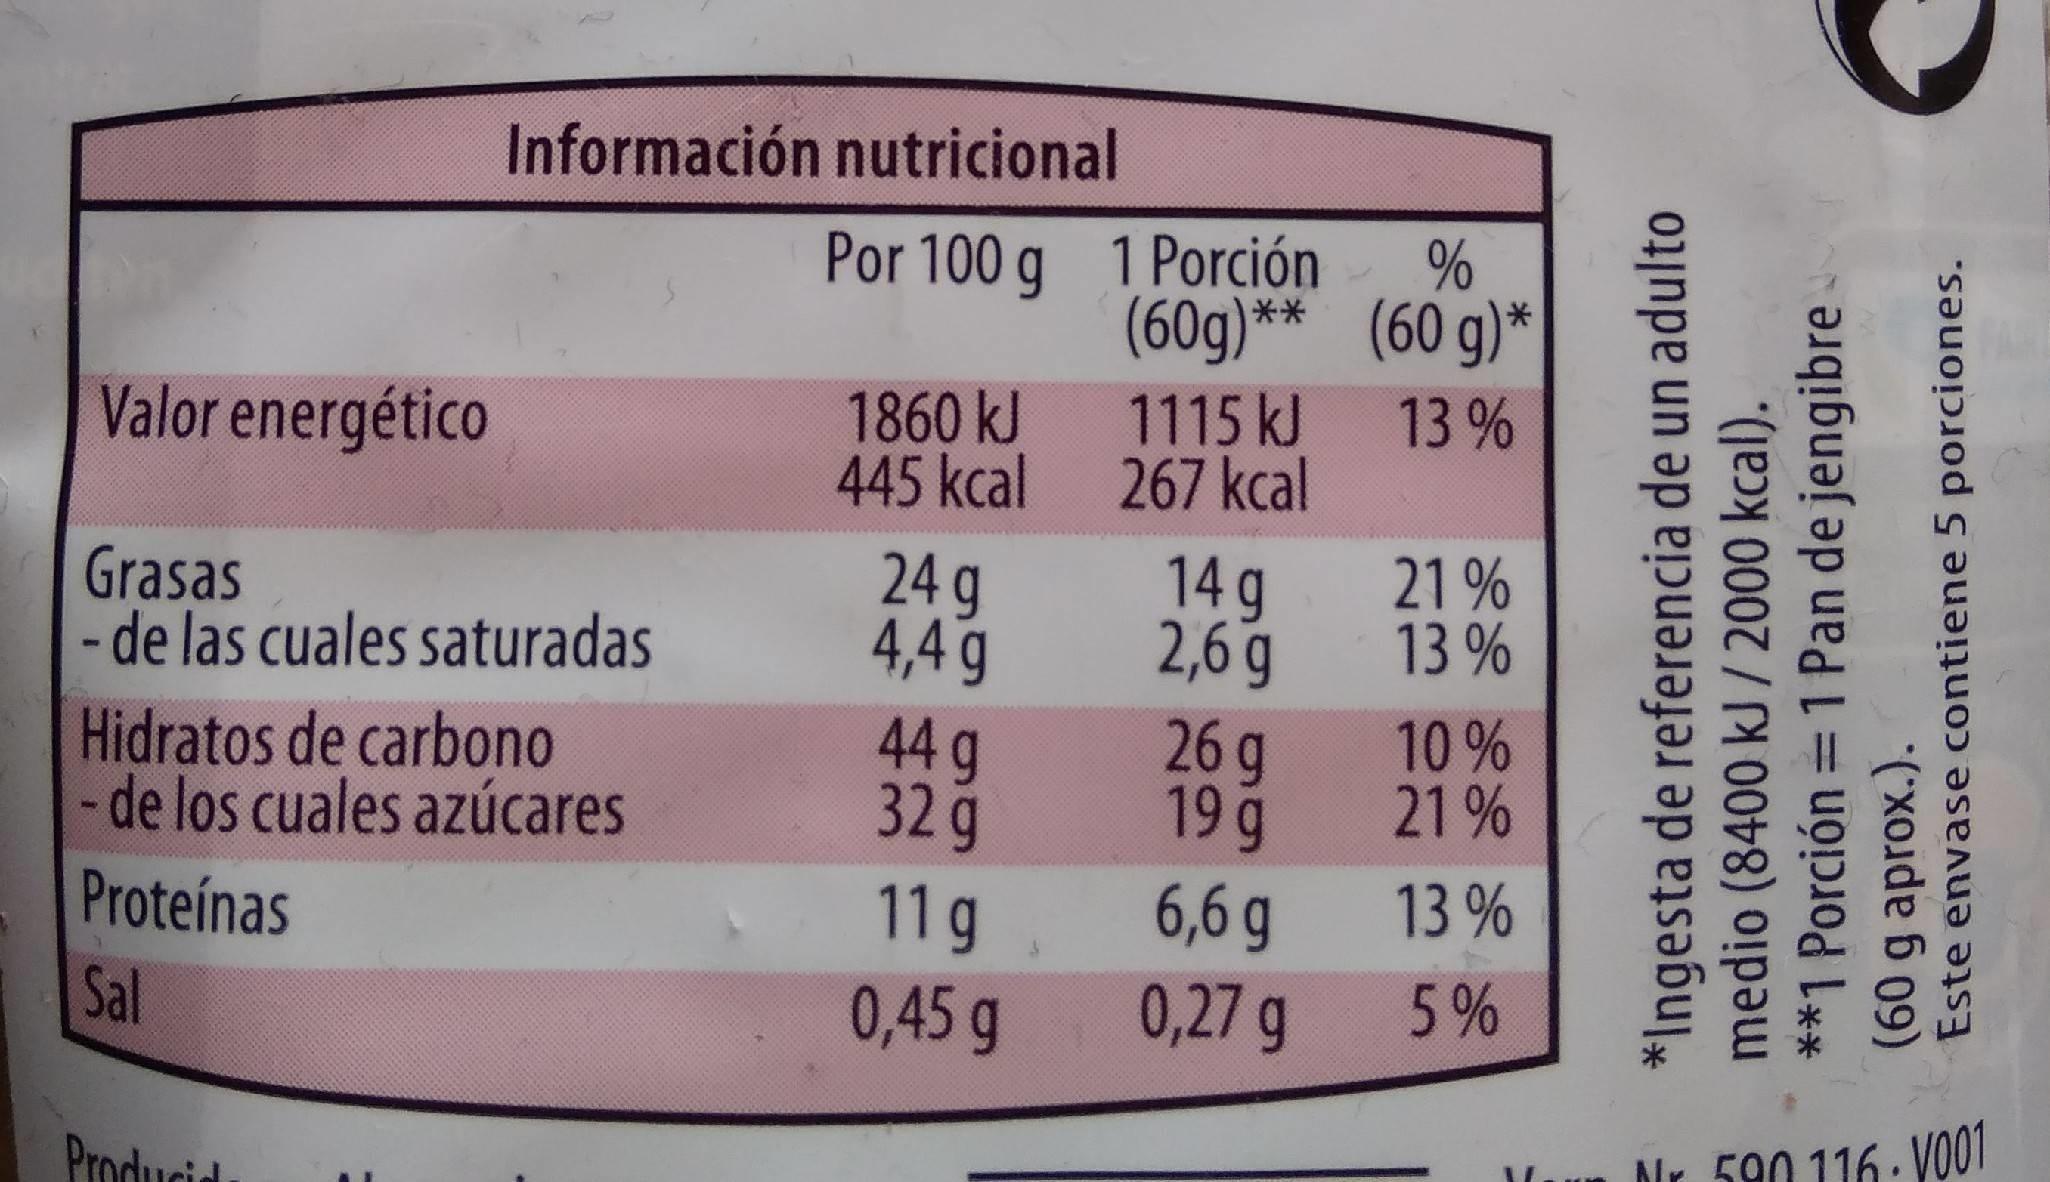
Información nutricional
Por 100 g 1 Porción
(60g)** (60 g)*
Valor energético
1860 kJ
1115 kJ
13 %
445 kcal 267 kcal
21 % 13 %
24 g 4,4 g 44 g 32g 11g 0,45 g
Grasas -de las cuales saturadas
14 g 2,6 g
10 % 21 %
26 g 19 g 6,6 g 0,27 g
Hidratos de carbono -de los cuales azúcares
Proteínas
13%
Sal
5%
Producid
Nr 590 116 VO01
437
*Ingesta de referencia de un adulto medio (8400 kJ / 2000 kcal). = 1 Pan de jengibre-
**1 Porción
(60 g aprox.). Este envase contiene 5 porciones.